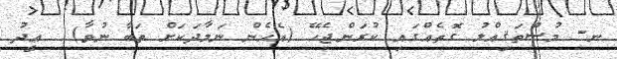
ނ- މުސްތަޤިއްލު ގޮތެއްގައި ކުރަންޖެހޭ (އެހެން ނަމާދަކަށް ތަބާ ނުވާ)  ޢީދު